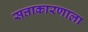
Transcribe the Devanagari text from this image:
सत्ताकारणाला